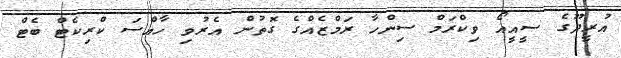
އުރީދޫގެ ސީއީއޯ ވިކްރަމް ސިންހާ ރަމްޒެއްގެ ގޮތުން އެރުވި ހާއްސަ ކްރިކެޓް ބެޓް